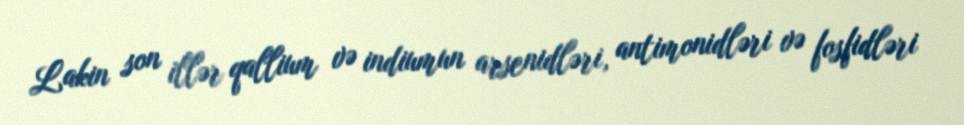
Lakin son illər qallium və indiumun arsenidləri, antimonidləri və fosfidləri